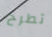
تطرح